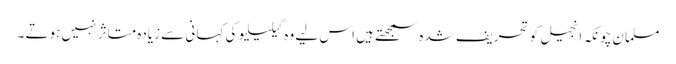
مسلمان چونکہ انجیل کو تحریف شدہ سمجھتے ہیں اس لیے وہ گیلیلیو کی کہانی سے زیادہ متاثر نہیں ہوتے ۔